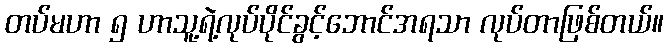
တပ်မဟာ ၅ ဟာသူ့ရဲ့လုပ်ပိုင်ခွင့်ဘောင်အရသာ လုပ်တာဖြစ်တယ်။